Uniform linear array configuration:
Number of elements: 24
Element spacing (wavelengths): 0.75
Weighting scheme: uniform
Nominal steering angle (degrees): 0
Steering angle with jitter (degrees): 0.9414
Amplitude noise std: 0.05
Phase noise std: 0.05

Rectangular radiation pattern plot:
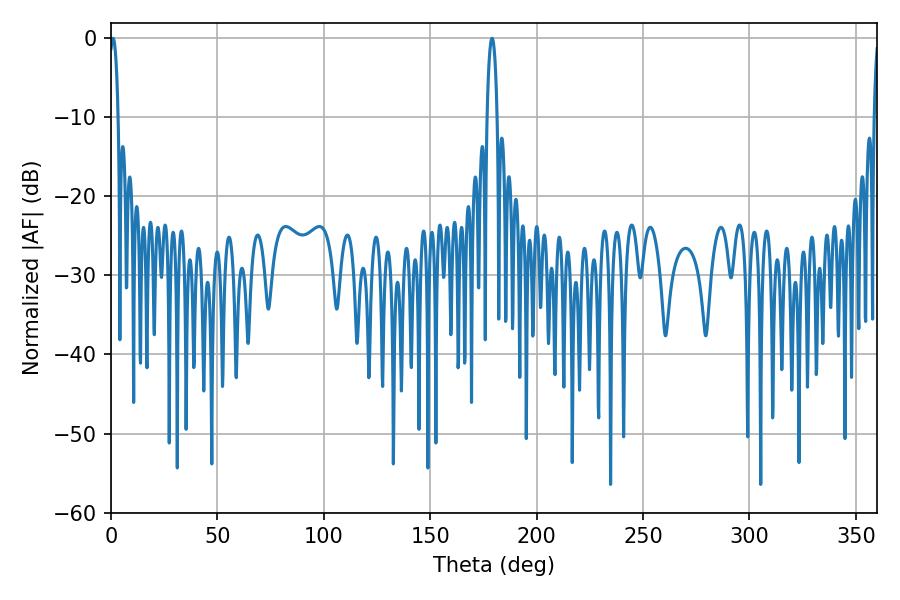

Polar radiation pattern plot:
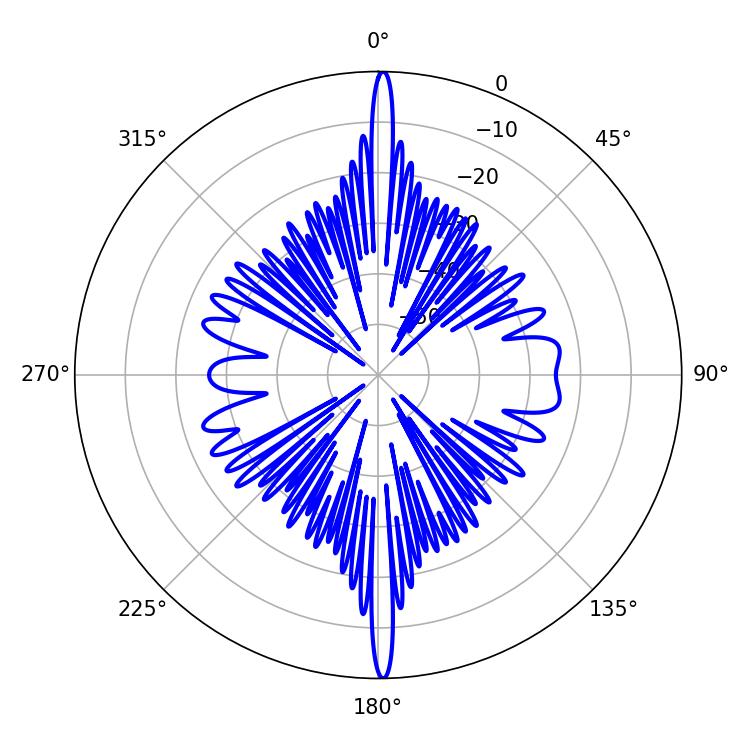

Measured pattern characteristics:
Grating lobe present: TRUE
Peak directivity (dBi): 29.735
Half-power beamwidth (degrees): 2.34
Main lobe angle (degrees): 0.9